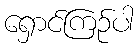
ရှောင်ကြဉ်ပါ